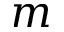
m